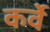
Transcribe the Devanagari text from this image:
कर्वेे